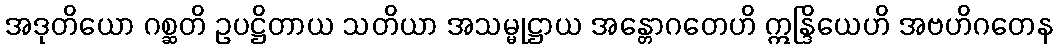
အဒုတိယော ဂစ္ဆတိ ဥပဋ္ဌိတာယ သတိယာ အသမ္မုဋ္ဌာယ အန္တောဂတေဟိ ဣန္ဒြိယေဟိ အဗဟိဂတေန